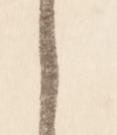
之